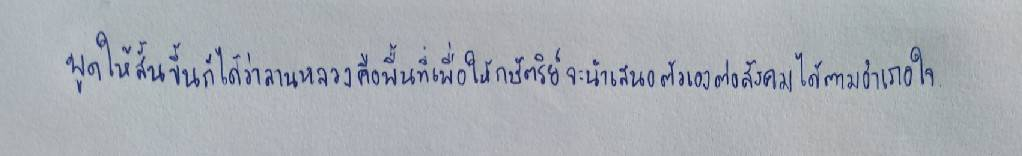
พูดให้สั้นขึ้นก็ได้ว่าลานหลวงคือพื้นที่เพื่อให้กษัตริย์จะนำเสนอตัวเองต่อสังคมได้ตามอำเภอใจ